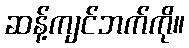
ဆန့်ကျင်ဘက်ကို။